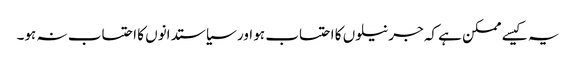
یہ کیسے ممکن ہے کہ جرنیلوں کا احتساب ہو اور سیاستدانوں کا احتساب نہ ہو۔